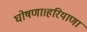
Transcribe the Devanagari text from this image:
घोषणा।हरियाणा